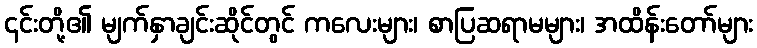
၎င်းတို့၏ မျက်နှာချင်းဆိုင်တွင် ကလေးများ၊ စာပြဆရာမများ၊ အထိန်းတော်များ